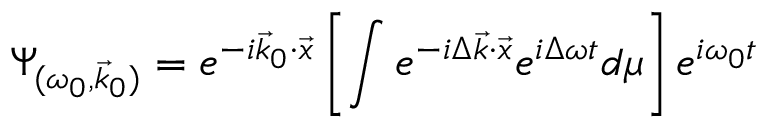
\Psi _ { ( \omega _ { 0 } , \vec { k } _ { 0 } ) } = e ^ { - i \vec { k } _ { 0 } { \cdot } \vec { x } } \left[ \int e ^ { - i \Delta \vec { k } { \cdot } \vec { x } } e ^ { i \Delta \omega t } d \mu \right] e ^ { i \omega _ { 0 } t } \!